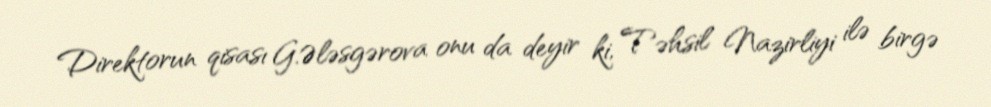
Direktorun qisası G.Ələsgərova onu da deyir ki, Təhsil Nazirliyi ilə birgə